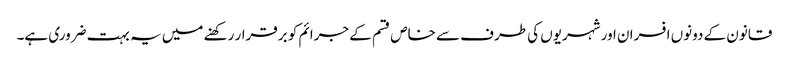
قانون کے دونوں افسران اور شہریوں کی طرف سے خاص قسم کے جرائم کو برقرار رکھنے میں یہ بہت ضروری ہے۔